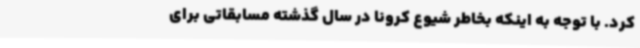
کرد. با توجه به اینکه بخاطر شیوع کرونا در سال گذشته مسابقاتی برای